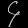
Digit: ၄